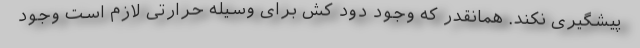
پیشگیری نکند. همانقدر که وجود دود کش برای وسیله حرارتی لازم است وجود